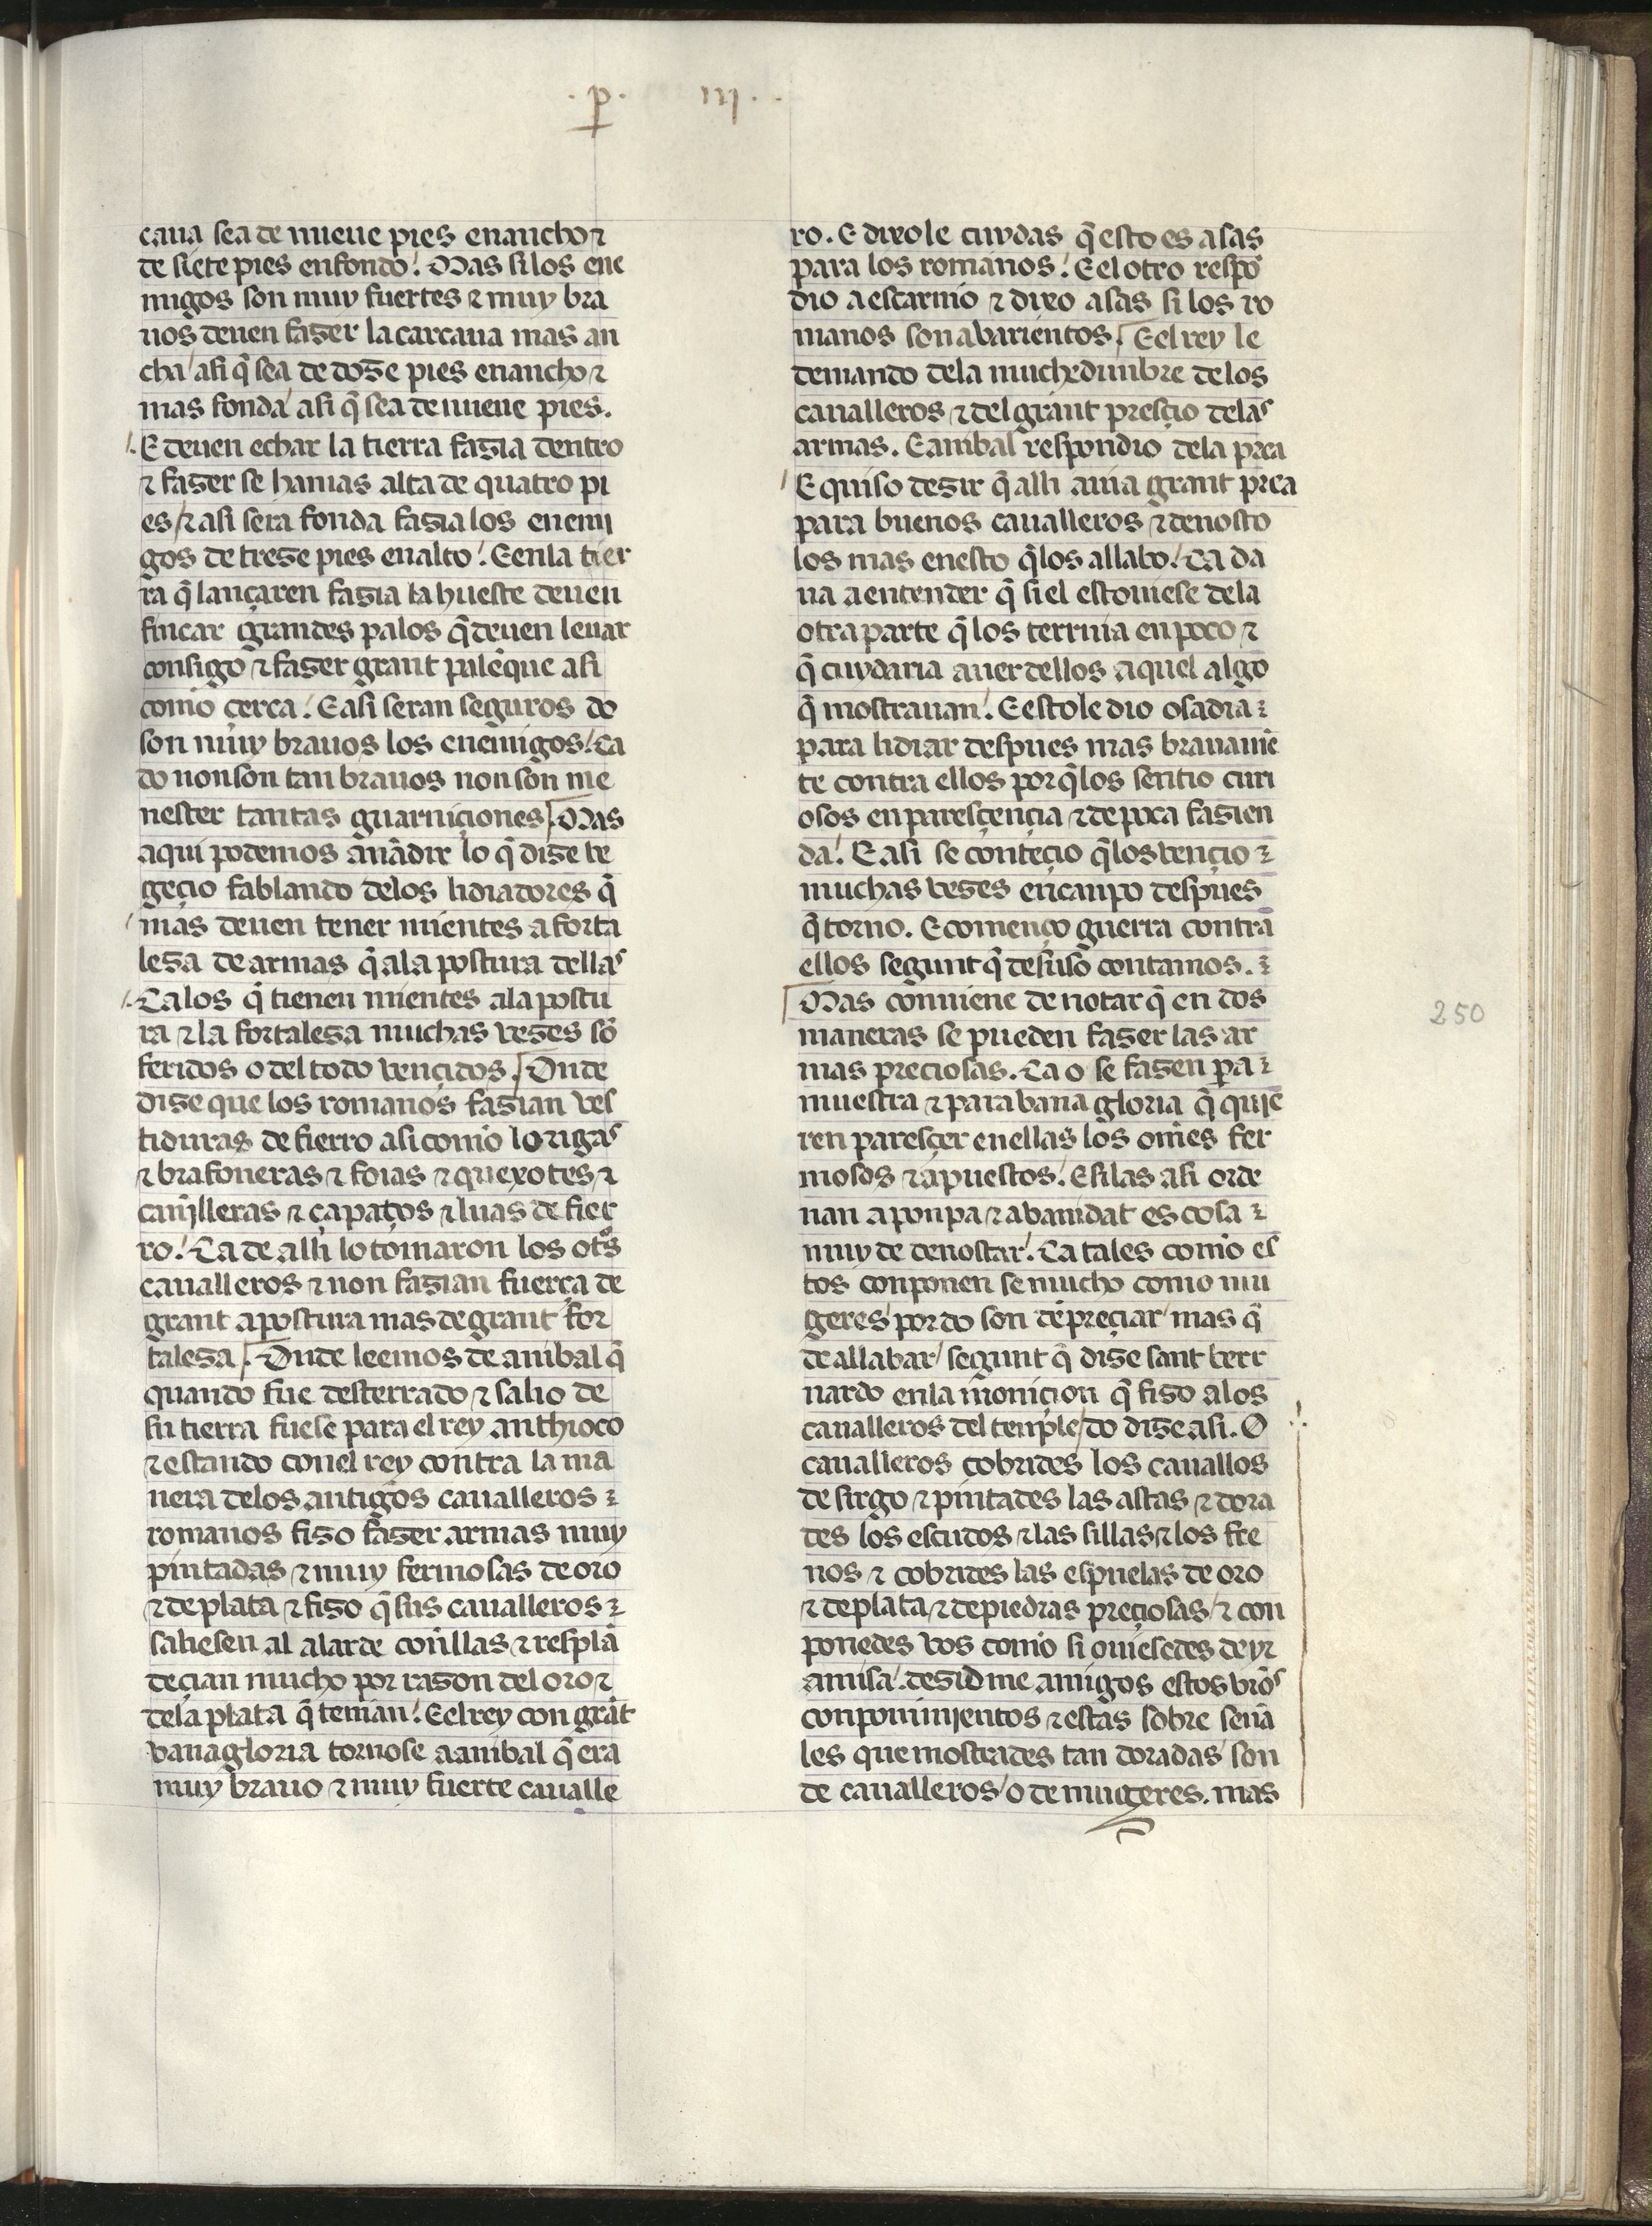
Shelfmark: Madrid, Fundación Lázaro Galdiano, mss 289
Century: 15